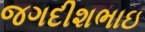
જગદીશભાઇ